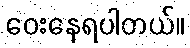
ဝေးနေရပါတယ်။